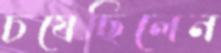
চষেছিলেন